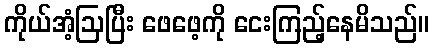
ကိုယ်အံ့ဩပြီး ဖေဖေ့ကို ငေးကြည့်နေမိသည်။